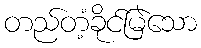
တည်တံ့ခိုင်မြဲသော